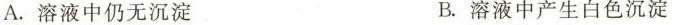
A.溶液中仍无沉淀 B.溶液中产生白色沉淀